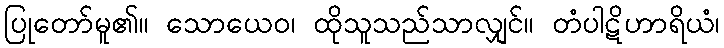
ပြုတော်မူ၏။ သောယေဝ၊ ထိုသူသည်သာလျှင်။ တံပါဋိဟာရိယံ၊